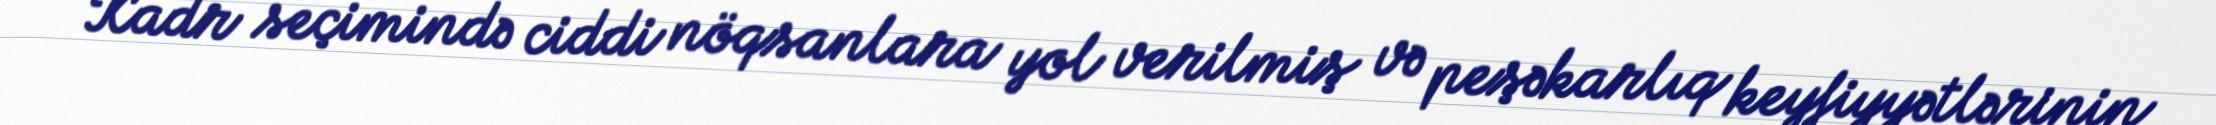
Kadr seçimində ciddi nöqsanlara yol verilmiş və peşəkarlıq keyfiyyətlərinin